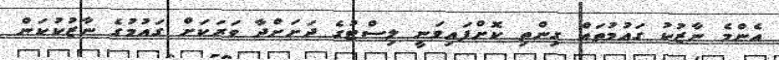
އެންމެ ނާޒުކު ގައުމުތައް ގިންތި ކޮށްފައިވަނީ ލިސްޓުގެ ދަށަށްދާ ވަރަކަށް ގައުމުގެ ނާޒުކުކަން